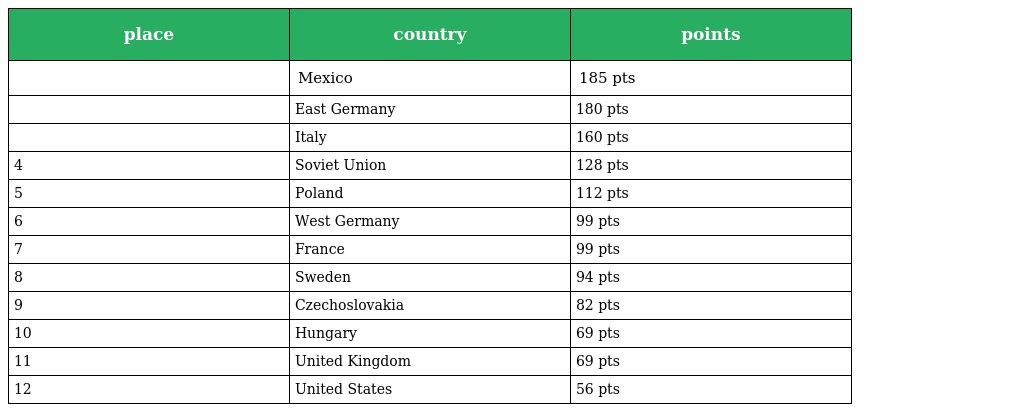
| place | country | points |
 | --- | --- | --- |
 |  | Mexico | 185 pts |
 |  | East Germany | 180 pts |
 |  | Italy | 160 pts |
 | 4 | Soviet Union | 128 pts |
 | 5 | Poland | 112 pts |
 | 6 | West Germany | 99 pts |
 | 7 | France | 99 pts |
 | 8 | Sweden | 94 pts |
 | 9 | Czechoslovakia | 82 pts |
 | 10 | Hungary | 69 pts |
 | 11 | United Kingdom | 69 pts |
 | 12 | United States | 56 pts |